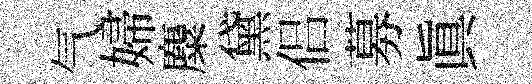
气婦麋黛侣募真